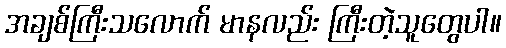
အချစ်ကြီးသလောက် မာနလည်း ကြီးတဲ့သူတွေပါ။